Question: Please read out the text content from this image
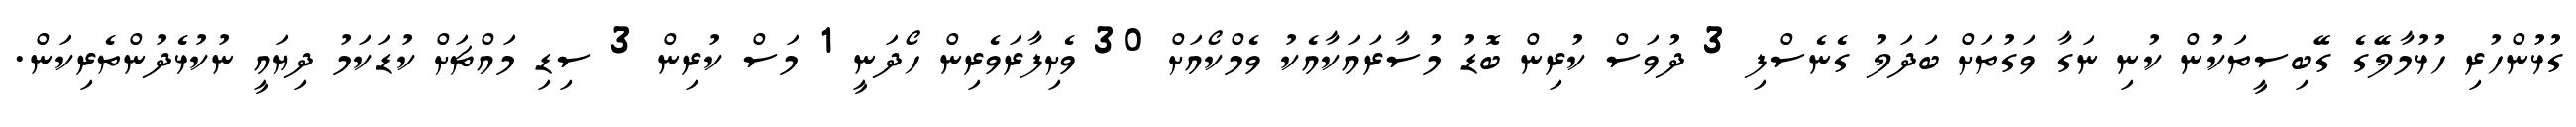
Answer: ގުޅުންހުރި ހުޅުމާލޭގެ ގޭބިސީތަކުން ކުނި ނަގާ ވަގުތަށް ބަދަލު ގެނެސްފި 3 ދުވަސް ކުރިން ބޮޑު މުސާރައަކާއެކު ވެމްކޯއަށް 30 ވެށިފާރަވެރިން ހޯދަނީ 1 މަސް ކުރިން 3 ސިޑި މައްޗަށް ކުޑަކަމު ދިޔައީ ނުކުޅެދުންތެރިކަން.